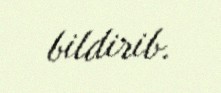
bildirib.